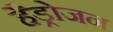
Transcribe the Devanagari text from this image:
हैड्रोजन